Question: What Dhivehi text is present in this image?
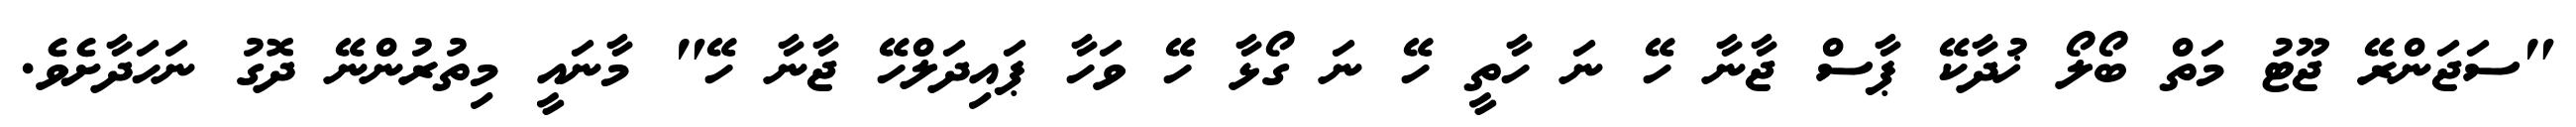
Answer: "ސަޖަންރޭ ޖޫޓު މަތް ބޯލޯ ޚުދާކޭ ޕާސް ޖާނާ ހޭ ނަ ހާތީ ހޭ ނަ ގޯޅާ ހޭ ވަހާ ޕައިދަލްހޭ ޖާނާ ހޭ" މާނައީ މިތުރުންނޭ ދޮގު ނަހަދާށެވެ.